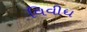
વિવીધ